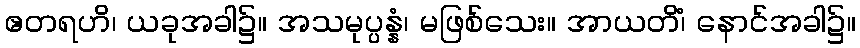
ဧတရဟိ၊ ယခုအခါ၌။ အသမုပ္ပန္နံ၊ မဖြစ်သေး။ အာယတိံ၊ နောင်အခါ၌။